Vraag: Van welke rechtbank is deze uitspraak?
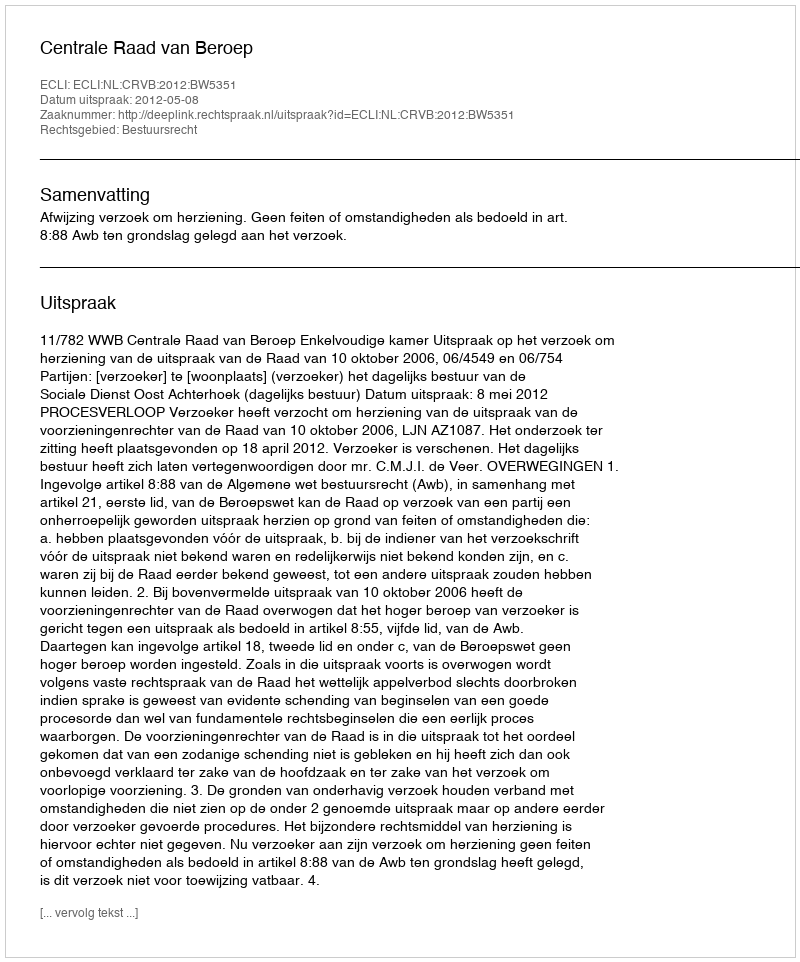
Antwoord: Centrale Raad van Beroep